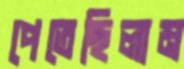
পেতেছিলাম